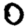
Digit: 0